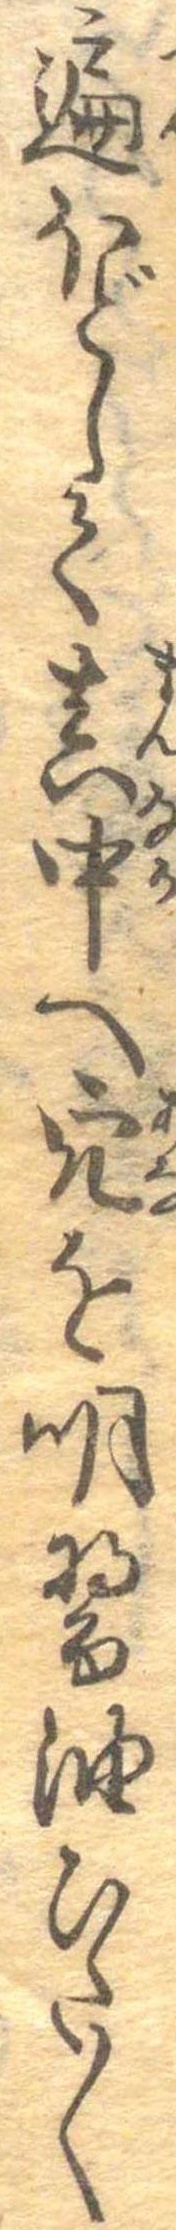
遍ほどして真中へ穴を明醤油ひた〱